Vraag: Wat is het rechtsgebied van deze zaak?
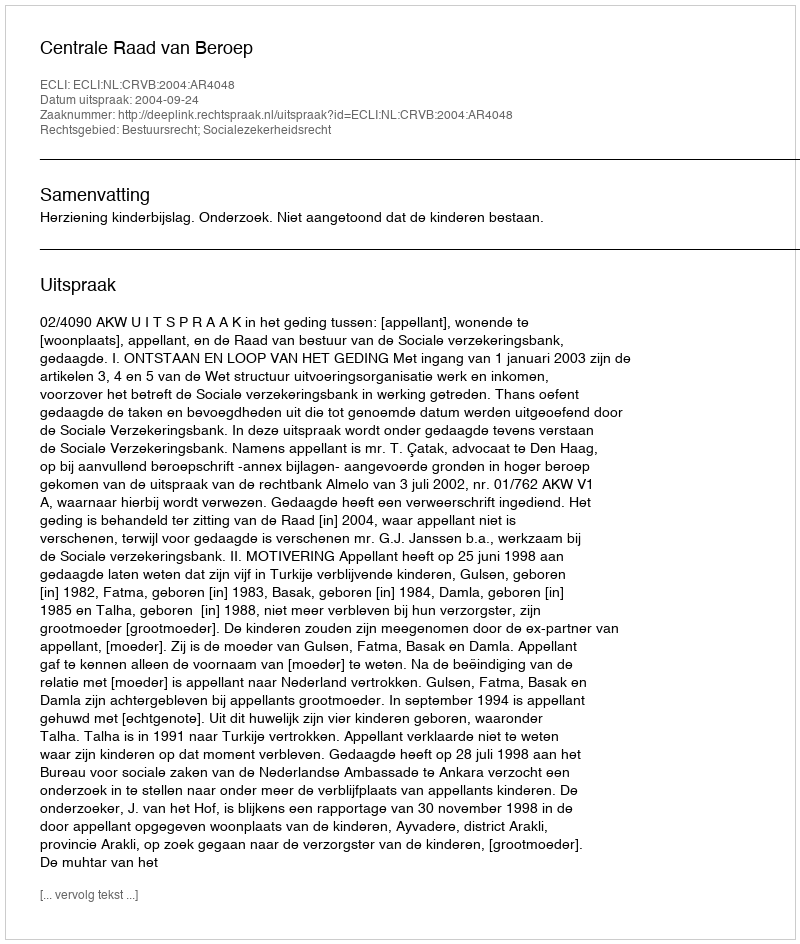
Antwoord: Bestuursrecht; Socialezekerheidsrecht